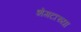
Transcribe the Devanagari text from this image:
शेगटाच्या